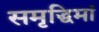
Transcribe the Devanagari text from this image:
समृद्धिमां